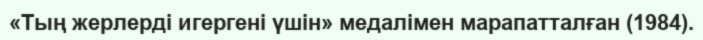
«Тың жерлерді игергені үшін» медалімен марапатталған (1984).